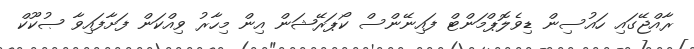
ރާއްޖޭގައި ހައުސިން ޑިވެލޮޕްމަންޓް ފައިނޭންސް ކޯޕަރޭޝަން އިން މިހާރު ވިއްކަން ފަށާފައިވާ ޞުކޫކް